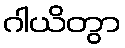
ဂါယိတွာ